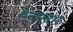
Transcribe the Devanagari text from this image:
ऐंठनदार